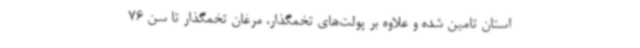
استان تامین شده و علاوه بر پولت‌های تخمگذار، مرغان تخمگذار تا سن 76